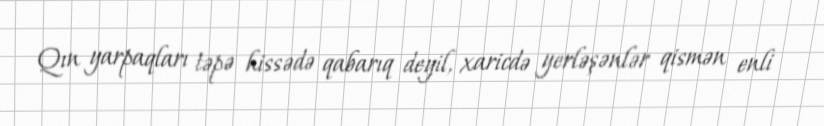
Qın yarpaqları təpə hissədə qabarıq deyil, xaricdə yerləşənlər qismən enli